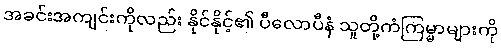
အခင်းအကျင်းကိုလည်း နိုင်နိုင့်၏ ပီလောပီနံ သူတို့ကံကြမ္မာများကို